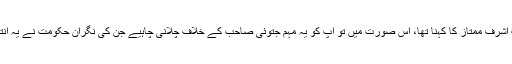
اس پر حاضر جواب اشرف ممتاز کا کہنا تھا، اس صورت میں تو آپ کو یہ مہم جتوئی صاحب کے خلاف چلانی چاہیے جن کی نگران حکومت نے یہ انتخابات کرائے تھے۔